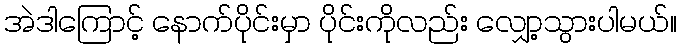
အဲဒါကြောင့် နောက်ပိုင်းမှာ ပိုင်းကိုလည်း လျှော့သွားပါမယ်။